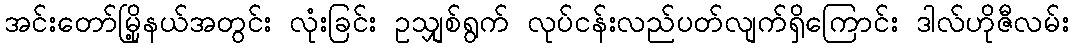
အင်းတော်မြို့နယ်အတွင်း လုံးခြင်း ဥသျှစ်ရွက် လုပ်ငန်းလည်ပတ်လျက်ရှိကြောင်း ဒါလ်ဟိုဇီလမ်း